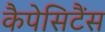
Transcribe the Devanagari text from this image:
कैपेसिटैंस